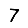
Digit: 7